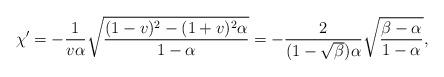
LaTeX: \begin{align*}\chi'=-\frac{1}{v\alpha}\sqrt{\frac{(1-v)^2-(1+v)^2\alpha}{1-\alpha}}=-\frac{2}{(1-\sqrt{\beta})\alpha}\sqrt{\frac{\beta-\alpha}{1-\alpha}},\end{align*}